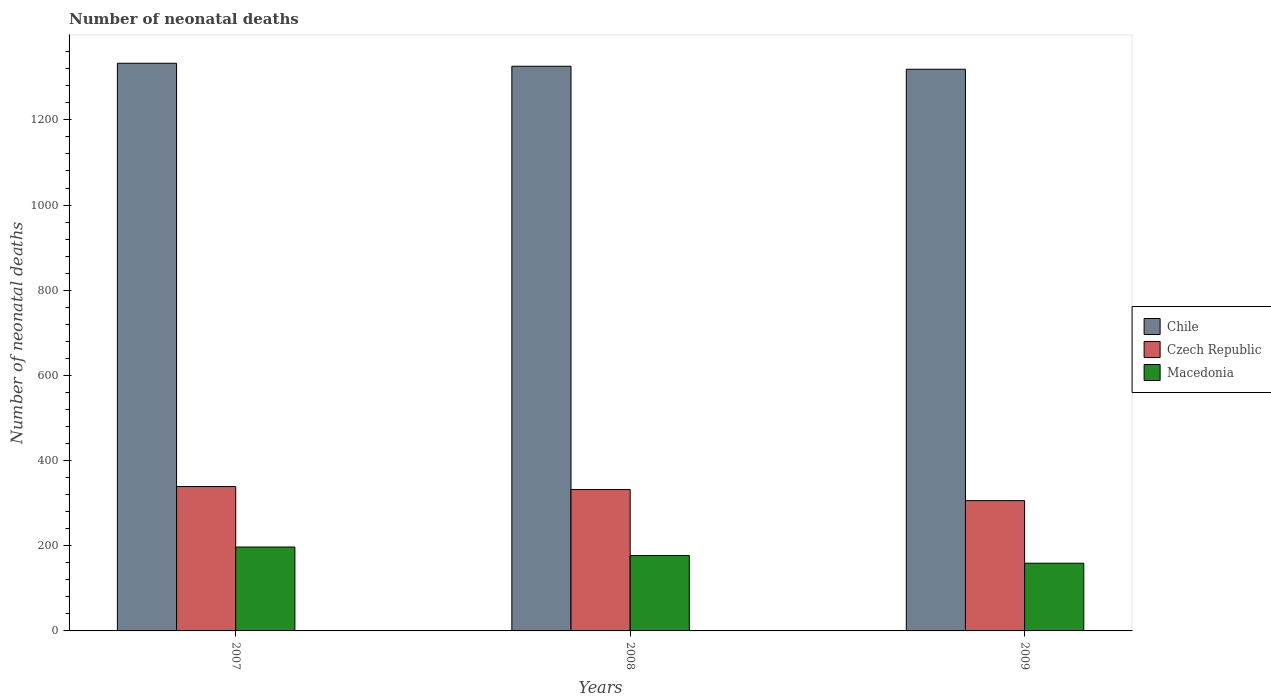
| Years | Chile | Czech Republic | Macedonia |
 | --- | --- | --- | --- |
 | 2007 | 1.33e+03 | 339 | 197 |
 | 2008 | 1.33e+03 | 332 | 177 |
 | 2009 | 1.32e+03 | 306 | 159 |